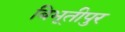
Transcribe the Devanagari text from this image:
बिभूतीपुर